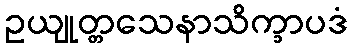
ဥယျုတ္တသေနာသိက္ခာပဒံ